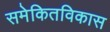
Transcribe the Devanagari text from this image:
समेकितविकास